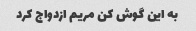
به این گوش کن مریم ازدواج کرد